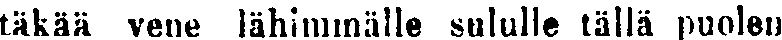
täkää vene lähimmälle sululle tällä puolen